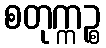
စတုက္ကဉ္စ